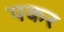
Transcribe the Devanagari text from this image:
पकर